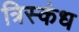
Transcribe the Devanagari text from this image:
त्रिस्कंध